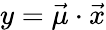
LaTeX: y=\vec{\mu}\cdot\vec{x}